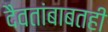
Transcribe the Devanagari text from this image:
दैवतांबाबतही